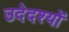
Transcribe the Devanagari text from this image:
उदेदश्यों